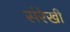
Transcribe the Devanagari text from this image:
संरेखी